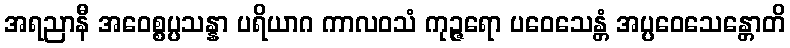
အရညာနီ အဝေစ္စပ္ပသန္နာ ပရိယာဂ ကာလဝသံ ကုဉ္ဇရော ပဝေသေန္တံ အပ္ပဝေသေန္တောတိ